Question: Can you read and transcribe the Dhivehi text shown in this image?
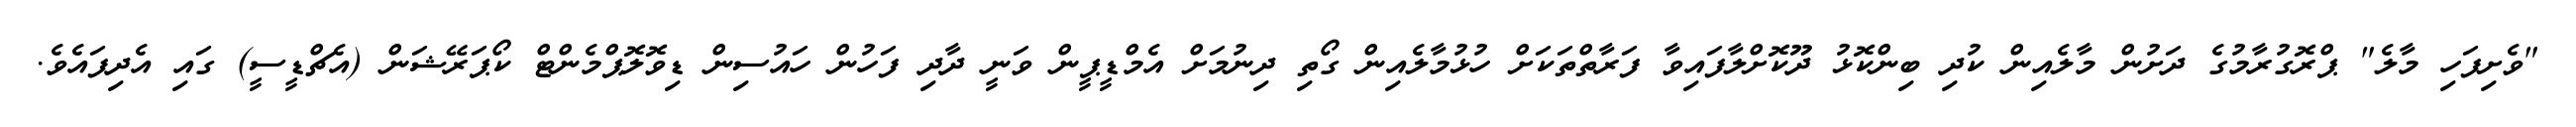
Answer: "ވެށިފަހި މާލެ" ޕްރޮގުރާމުގެ ދަށުން މާލެއިން ކުދި ބިންކޮޅު ދޫކޮށްލާފައިވާ ފަރާތްތަކަށް ހުޅުމާލެއިން ގޯތި ދިނުމަށް އެމްޑީޕީން ވަނީ ދާދި ފަހުން ހައުސިން ޑިވޮލޮޕްމެންޓް ކޯޕަރޭޝަން (އެޗްޑީސީ) ގައި އެދިފައެވެ.